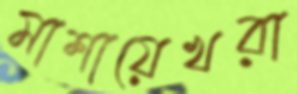
মাশায়েখরা